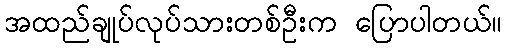
အထည်ချုပ်လုပ်သားတစ်ဦးက ပြောပါတယ်။